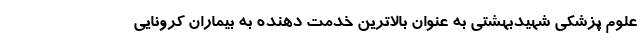
علوم پزشکی شهیدبهشتی به عنوان بالاترین خدمت دهنده به بیماران کرونایی